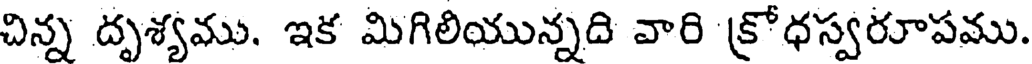
చిన్న దృశ్యము. ఇక మిగిలియున్నది వారి క్రోధస్వరూపము.